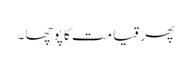
پھر قیامت کا پوچھا ۔